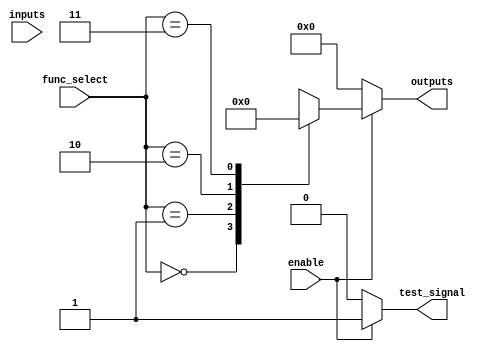
module CLB (
    input wire [3:0] inputs,          // 4 input lines
    input wire [1:0] func_select,     // Function select for LUT
    input wire enable,                 // Enable signal
    output reg [3:0] outputs,          // 4 output lines
    output reg test_signal             // Test/debug signal
);

// Internal LUT for combinational logic functions
reg [15:0] lut; // 16 possible combinations for 4 inputs

// Function select encoding
parameter AND_FUNC = 2'b00;
parameter OR_FUNC  = 2'b01;
parameter XOR_FUNC = 2'b10;
parameter NAND_FUNC = 2'b11;

// LUT initialization for different functions
always @(*) begin
    case (func_select)
        AND_FUNC: lut = {inputs[3] & inputs[2] & inputs[1] & inputs[0], 15'b0};
        OR_FUNC:  lut = {inputs[3] | inputs[2] | inputs[1] | inputs[0], 15'b0};
        XOR_FUNC: lut = {inputs[3] ^ inputs[2] ^ inputs[1] ^ inputs[0], 15'b0};
        NAND_FUNC: lut = {~(inputs[3] & inputs[2] & inputs[1] & inputs[0]), 15'b0};
        default:   lut = 16'b0; // Default case
    endcase
end

// Output generation based on enable signal
always @(*) begin
    if (enable) begin
        outputs = lut[3:0]; // Output the result of the LUT
        test_signal = 1'b1; // Indicate that the CLB is active
    end else begin
        outputs = 4'b0000; // Outputs are zero when not enabled
        test_signal = 1'b0; // Indicate that the CLB is inactive
    end
end

endmodule